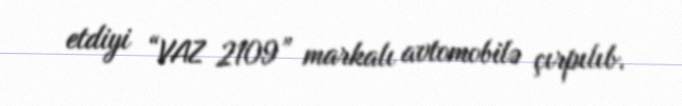
etdiyi “VAZ 2109” markalı avtomobilə çırpılıb.